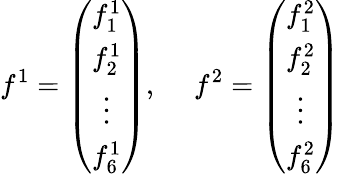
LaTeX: f^{1}=\left(\begin{array}{c}{{f_{1}^{1}}}\\ {{f_{2}^{1}}}\\ {{\vdots}}\\ {{f_{6}^{1}}}\end{array}\right),~~~~~f^{2}=\left(\begin{array}{c}{{f_{1}^{2}}}\\ {{f_{2}^{2}}}\\ {{\vdots}}\\ {{f_{6}^{2}}}\end{array}\right)